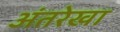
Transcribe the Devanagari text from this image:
अंतरेखा